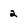
Character: 2